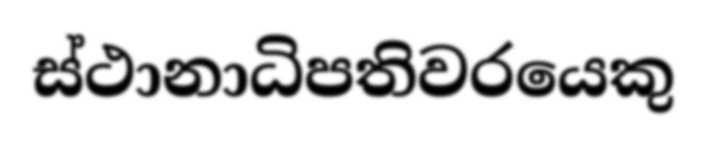
ස්ථානාධිපතිවරයෙකු